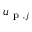
\boldsymbol { u } _ { \mathrm { ~ p ~ } , j }